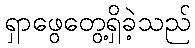
ရှာဖွေတွေ့ရှိခဲ့သည်